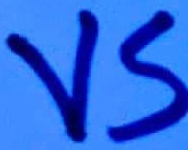
Text: VS